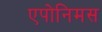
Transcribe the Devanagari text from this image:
एपोनिमस